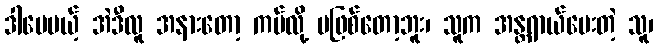
ဒါပေမယ့် အဲဒီလူ အနားတော့ ကပ်လို့ မဖြစ်တော့ဘူး၊ သူက အန္တရာယ်ပေးတဲ့ သူ၊